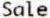
SALE